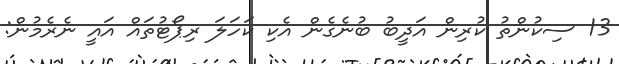
13 ސިކުންތު ކުރިން އަދީބު ބުނެގެން އެކި ކަހަލަ ރިޕޯޓުތައް އައީ ނެރެމުން: